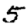
Digit: 5